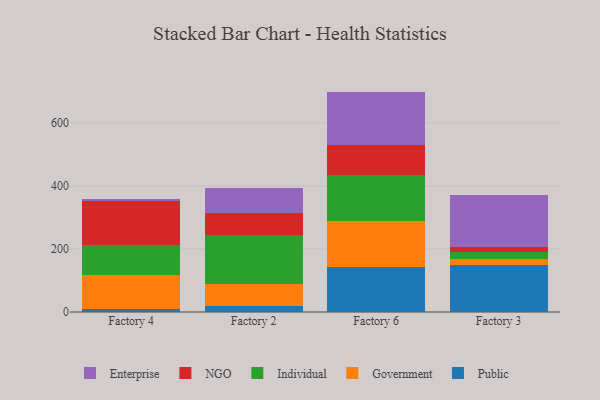
{"axis": {"x": "Factory", "y": "Operating Costs (USD K)"}, "legend": ["Enterprise", "Government", "Individual", "NGO", "Public"], "data": [{"x": "Factory 4", "y": 9.8, "type": "Public"}, {"x": "Factory 4", "y": 109.0, "type": "Government"}, {"x": "Factory 4", "y": 92.8, "type": "Individual"}, {"x": "Factory 4", "y": 139.9, "type": "NGO"}, {"x": "Factory 4", "y": 8.4, "type": "Enterprise"}, {"x": "Factory 2", "y": 17.9, "type": "Public"}, {"x": "Factory 2", "y": 72.4, "type": "Government"}, {"x": "Factory 2", "y": 154.4, "type": "Individual"}, {"x": "Factory 2", "y": 70.4, "type": "NGO"}, {"x": "Factory 2", "y": 77.4, "type": "Enterprise"}, {"x": "Factory 6", "y": 141.6, "type": "Public"}, {"x": "Factory 6", "y": 145.8, "type": "Government"}, {"x": "Factory 6", "y": 145.9, "type": "Individual"}, {"x": "Factory 6", "y": 97.0, "type": "NGO"}, {"x": "Factory 6", "y": 168.9, "type": "Enterprise"}, {"x": "Factory 3", "y": 148.3, "type": "Public"}, {"x": "Factory 3", "y": 20.3, "type": "Government"}, {"x": "Factory 3", "y": 20.8, "type": "Individual"}, {"x": "Factory 3", "y": 15.9, "type": "NGO"}, {"x": "Factory 3", "y": 166.8, "type": "Enterprise"}]}